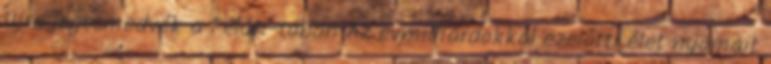
Újra jegesmedvék a Félúti-tóban Az évmilliárdokkal ezelőtti élet nyomait